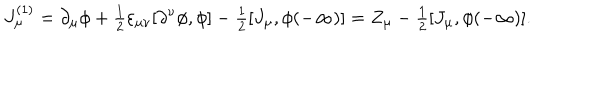
LaTeX: J _ { \mu } ^ { ( 1 ) } = \partial _ { \mu } \phi + { \textstyle \frac 1 2 } \varepsilon _ { \mu \nu } [ \partial ^ { \nu } \phi , \phi ] - { \textstyle \frac 1 2 } [ J _ { \mu } , \phi ( - \infty ) ] = Z _ { \mu } - { \textstyle \frac 1 2 } [ J _ { \mu } , \phi ( - \infty ) ] .